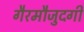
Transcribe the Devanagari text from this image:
गैरमौजुदगी